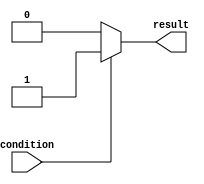
module conditional_example(
  input wire condition,
  output reg result
);

initial begin
  // Check if condition is true
  if (condition == 1'b1) begin
    // Assign result to 1 if condition is true
    result <= 1;
  end
  // If condition is false
  else begin
    // Assign result to 0 if condition is false
    result <= 0;
  end
end

endmodule